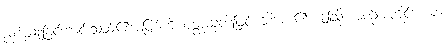
ညစ်ညူးခြင်းကင်းသည်၏အဖြစ်ကို ဝတ္ထသုတ်ဖြင့် သိအပ်၏။ ဤသို့ အစဉ်အတိုင်း ယူ။